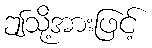
ဤသို့အားဖြင့်